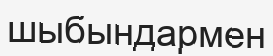
шыбындармен